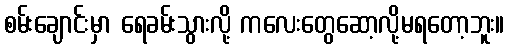
စမ်းချောင်းမှာ ရေခမ်းသွားလို့ ကလေးတွေဆော့လို့မရတော့ဘူး။